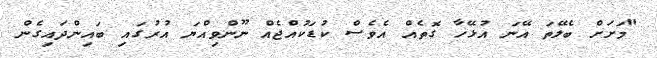
"މަށަށް ބެލޭތަ އޭނަ އުޅޭހާ ގޮތެއް އެވެސް ކުޑަކުއްޖެއް ނޫންވިއްޔަ އުރުގައި ބައިންދައިގެން